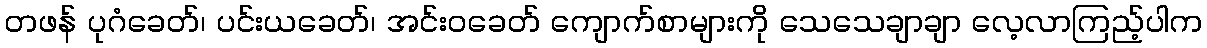
တဖန် ပုဂံခေတ်၊ ပင်းယခေတ်၊ အင်းဝခေတ် ကျောက်စာများကို သေသေချာချာ လေ့လာကြည့်ပါက